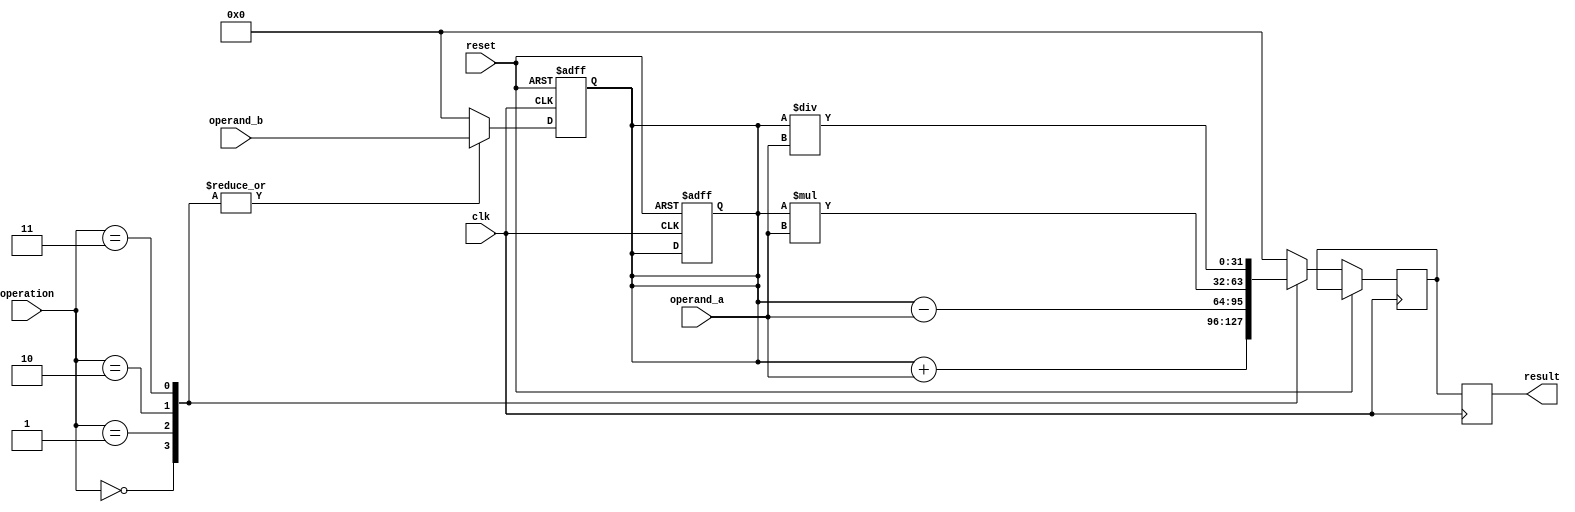
module floating_point_alu (
    input wire clk,
    input wire reset,
    input wire [31:0] operand_a,
    input wire [31:0] operand_b,
    input wire [2:0] operation,
    output reg [31:0] result
);

reg [31:0] data_path_out;
reg [31:0] alu_result;

always @(posedge clk or posedge reset) begin
    if (reset) begin
        data_path_out <= 32'b0;
    end else begin
        case(operation)
            3'b000: alu_result <= data_path_out + operand_a; // Addition
            3'b001: alu_result <= data_path_out - operand_a; // Subtraction
            3'b010: alu_result <= data_path_out * operand_a; // Multiplication
            3'b011: alu_result <= data_path_out / operand_a; // Division
            default: alu_result <= 32'b0;
        endcase
    end
end

always @(posedge clk or posedge reset) begin
    if (reset) begin
        data_path_out <= 32'b0;
    end else begin
        case(operation)
            3'b000: data_path_out <= operand_b; // Load operand_b
            3'b001: data_path_out <= operand_b; // Load operand_b
            3'b010: data_path_out <= operand_b; // Load operand_b
            3'b011: data_path_out <= operand_b; // Load operand_b
            default: data_path_out <= 32'b0;
        endcase
    end
end

always @(posedge clk) begin
    result <= alu_result;
end

endmodule